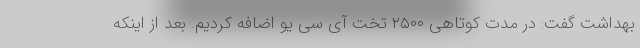
بهداشت گفت: در مدت کوتاهی ۲۵۰۰ تخت آی سی یو اضافه کردیم. بعد از اینکه